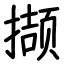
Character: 撷